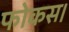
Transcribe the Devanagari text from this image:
फोकस।